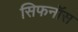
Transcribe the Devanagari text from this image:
सिफनॉस